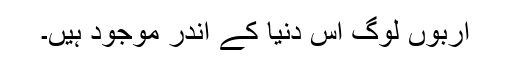
اربوں لوگ اس دنیا کے اندر موجود ہیں۔